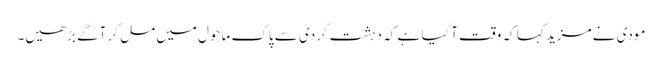
مودی نے مزید کہا کہ وقت آگیا ہے کہ دہشت گردی سے پاک ماحول میں مل کر آگے بڑھیں۔